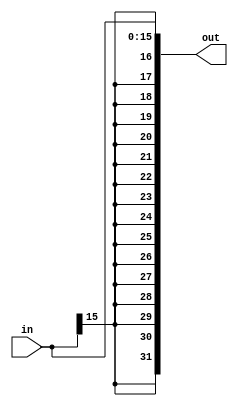
`timescale 1ns / 1ps
//////////////////////////////////////////////////////////////////////////////////
// Company: 
// Engineer: 
// 
// Design Name: 
// Module Name: ShiftLeft
// Project Name: 
// Target Devices: 
// Tool Versions: 
// Description: 
// 
// Dependencies: 
// 
// Revision:
// Revision 0.01 - File Created
// Additional Comments:
// 
//////////////////////////////////////////////////////////////////////////////////


module SignExt(out, in);
input [15:0] in;
output [31:0] out;

assign out = {{16{in[15]}},{in[15:0]}};
endmodule